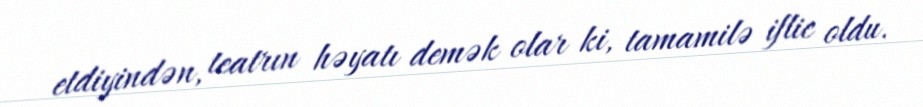
etdiyindən, teatrın həyatı demək olar ki, tamamilə iflic oldu.